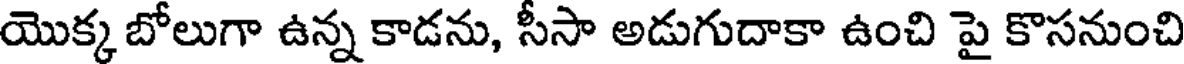
యొక్క బోలుగా ఉన్న కాడను, సీసా అడుగుదాకా ఉంచి పై కొసనుంచి